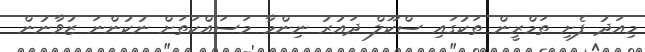
މިއަދު ފެށި ތަމްރީން ތަކުގައި ސްކޫލް ދައުރު ނިންމާ މަސައްކަތަށް ނުކުންނަ ޒުވާނުން